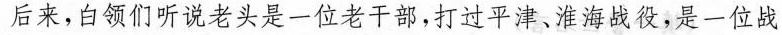
后来，白领们听说老头是一位老干部，打过平津、淮海战役，是一位战